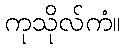
ကုသိုလ်ကံ။